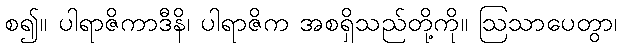
စ၍။ ပါရာဇိကာဒီနိ၊ ပါရာဇိက အစရှိသည်တို့ကို။ ဩသာပေတွာ၊